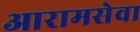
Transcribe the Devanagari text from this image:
आरामसेवा